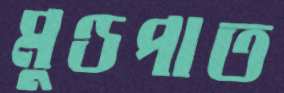
মুণ্ডপাত